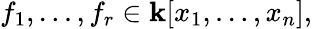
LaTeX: f_{1},\dots,f_{r}\in\mathbf{k}[x_{1},\dots,x_{n}],